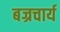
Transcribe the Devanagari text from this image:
बज्रचार्य